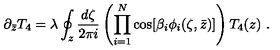
\partial _ { \bar { z } } T _ { 4 } = \lambda \oint _ { z } \frac { d \zeta } { 2 \pi i } \left( \prod _ { i = 1 } ^ { N } \cos [ { \beta } _ { i } \phi _ { i } ( \zeta , \bar { z } ) ] \right) T _ { 4 } ( z ) \ .